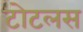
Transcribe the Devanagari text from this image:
टोटलस